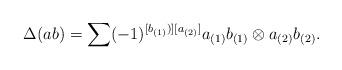
LaTeX: \begin{align*}\begin{aligned}\Delta(a b)&= \sum (-1)^{[b_{(1)})][a_{(2)}]}a_{(1)}b_{(1)}\otimes a_{(2)}b_{(2)}.\end{aligned}\end{align*}